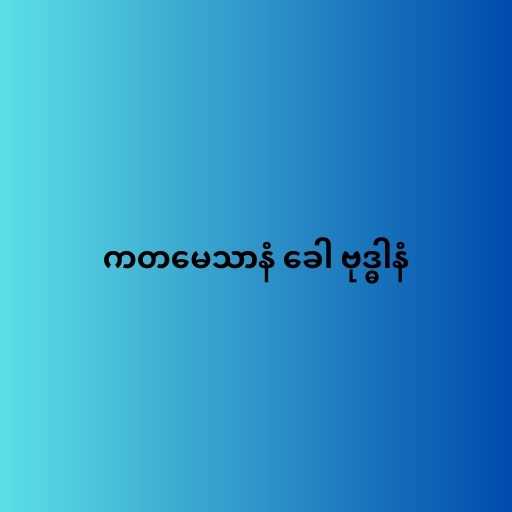
ကတမေသာနံ ခေါ ဗုဒ္ဓါနံ